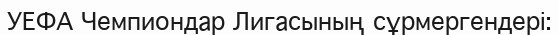
УЕФА Чемпиондар Лигасының сұрмергендері: